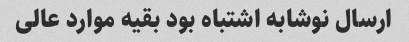
ارسال نوشابه اشتباه بود بقیه موارد عالی